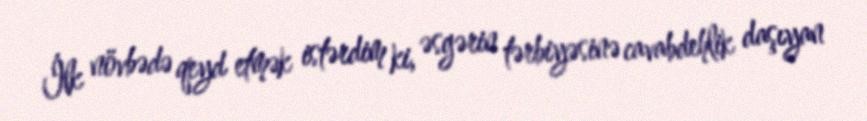
İlk növbədə qeyd etmək istərdim ki, əsgərin tərbiyəsinə cavabdehlik daşıyan